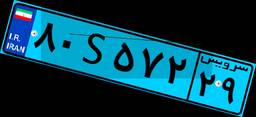
۸۰S۵۷۲۲۹